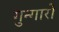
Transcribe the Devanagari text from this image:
गुन्गारो